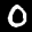
Label: 0